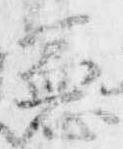
憲